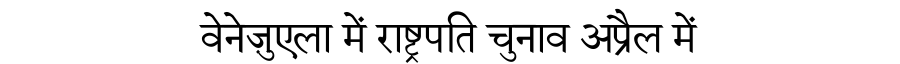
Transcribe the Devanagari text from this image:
वेनेज़ुएला में राष्ट्रपति चुनाव अप्रैल में